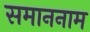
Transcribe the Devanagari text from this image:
समाननाम